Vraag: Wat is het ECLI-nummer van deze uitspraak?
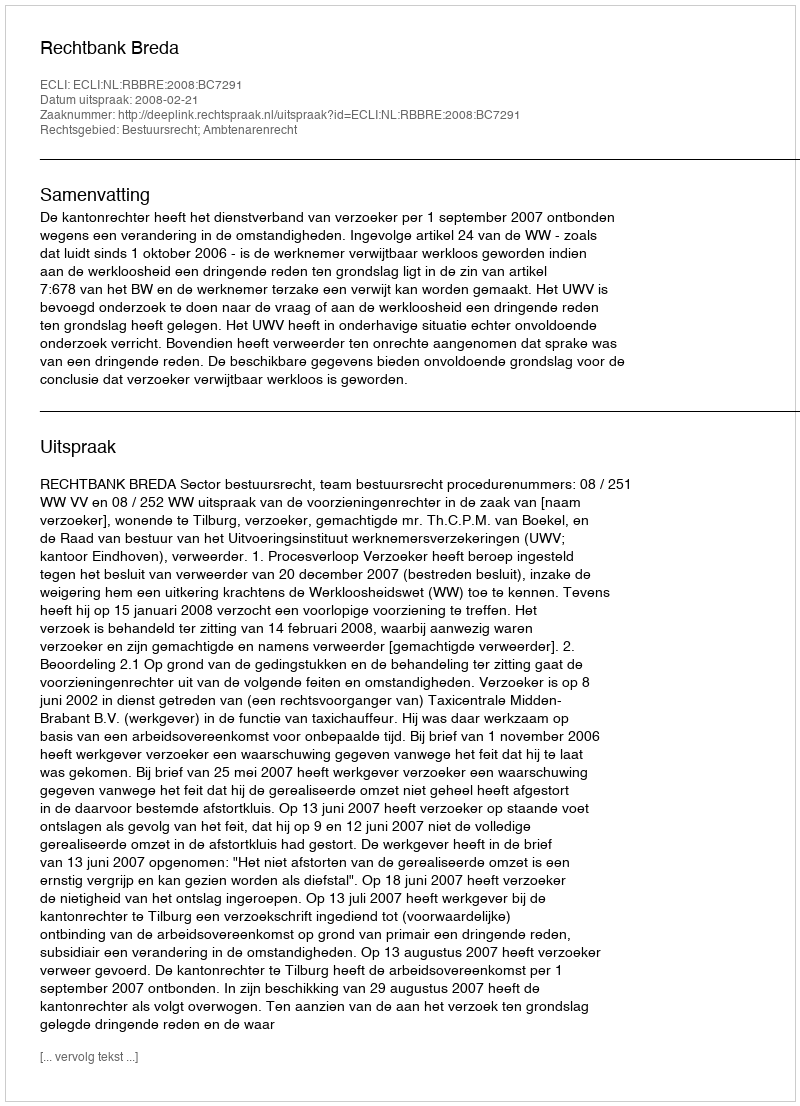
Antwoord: ECLI:NL:RBBRE:2008:BC7291